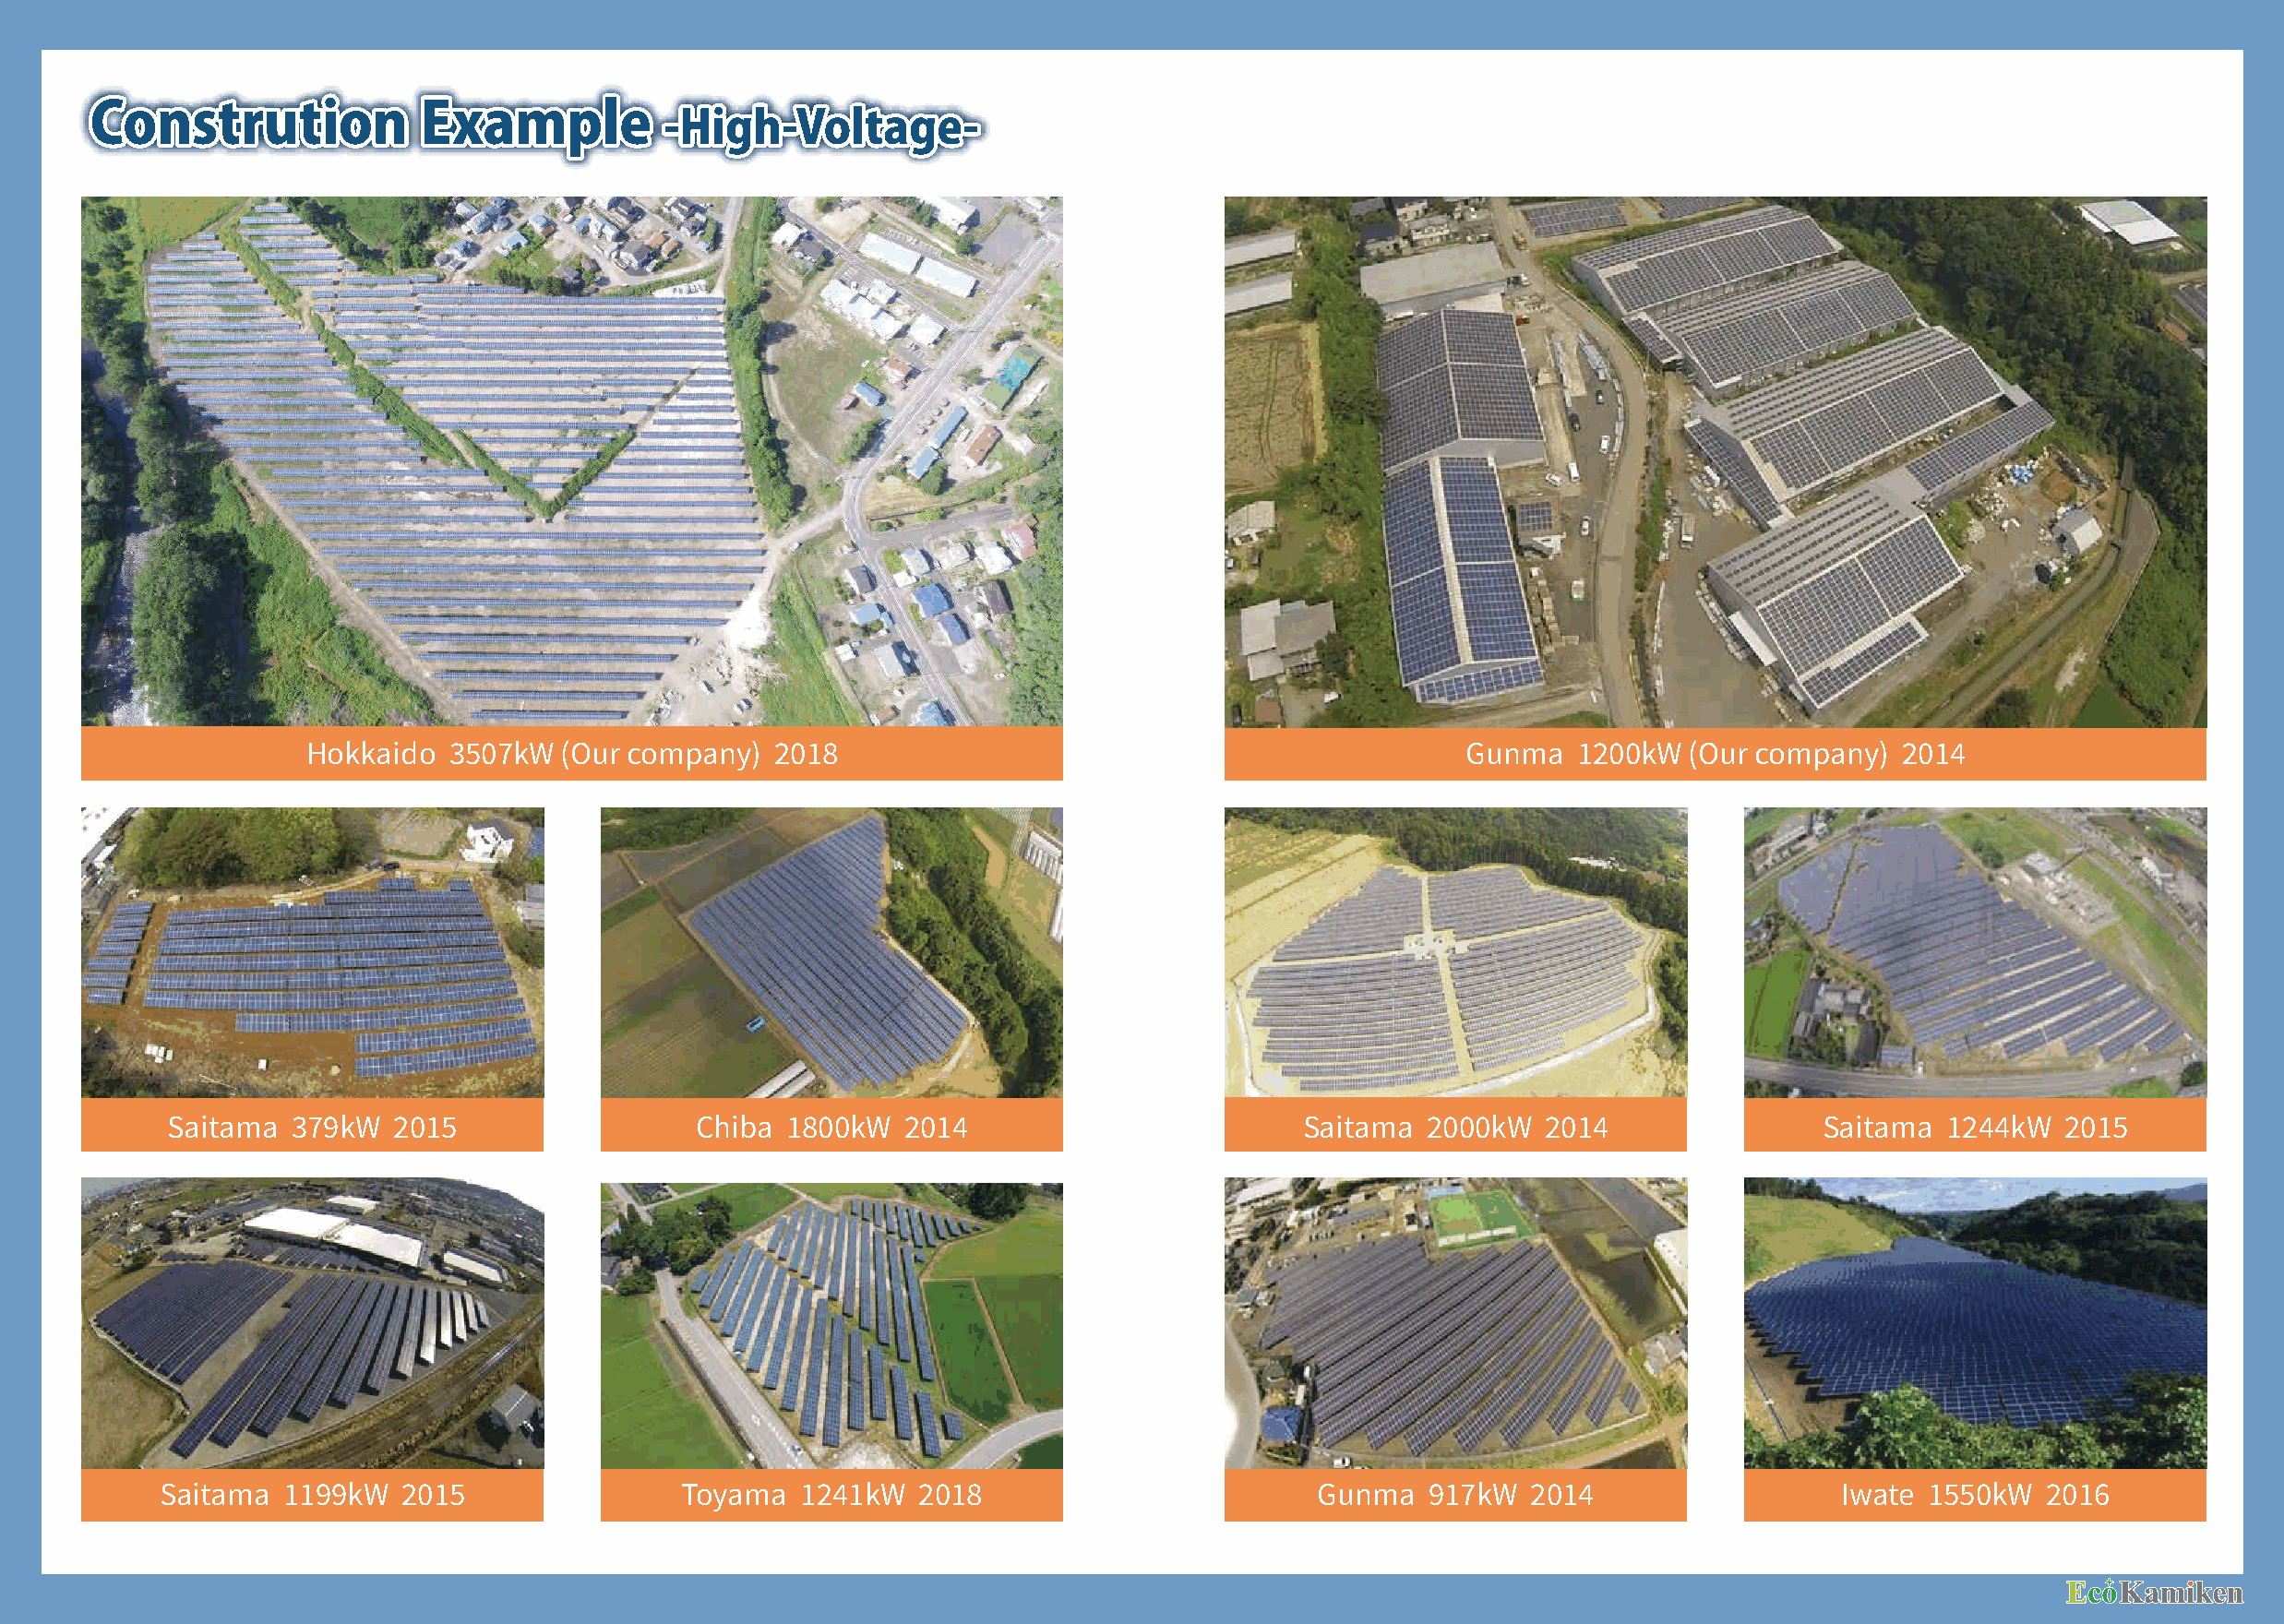
Constrution             Example
 -High-Voltage-
 Hokkaido  ����kW  (Our company)  ����                                              Gunma   ����kW  (Our company)  ����
 Saitama  ���kW  ����                  Chiba ����kW   ����                        Saitama  ����kW   ����               Saitama  ����kW   ����
 Saitama  ����kW   ����                Toyama  ����kW   ����                        Gunma   ���kW   ����                  Iwate ����kW   ����